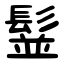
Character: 䰃